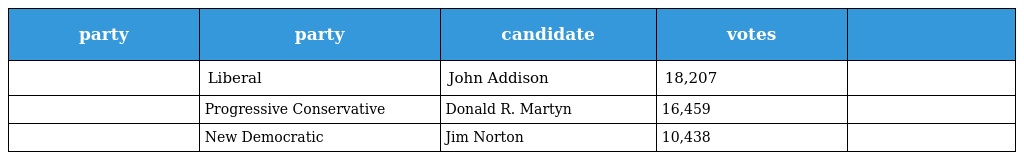
| party | party | candidate | votes |  |
 | --- | --- | --- | --- | --- |
 |  | Liberal | John Addison | 18,207 |  |
 |  | Progressive Conservative | Donald R. Martyn | 16,459 |  |
 |  | New Democratic | Jim Norton | 10,438 |  |